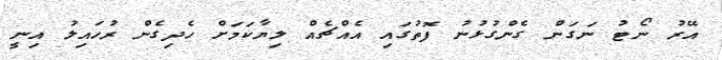
އޭރު ނޯޓު ނަގަން ގެންގުޅުނު ފޮތުގައި އެއްޗެއް ލިޔާކަމަށް ހެދިގެން ރުހައިލު އިނީ